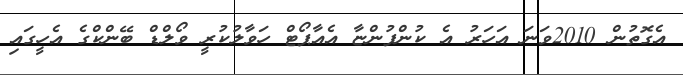
އެގޮތުން 2010ވަނަ އަހަރު އެ ކުންފުންޏާ އެއާޕޯޓް ހަވާލުކުރީ ވޯލްޑް ބޭންކްގެ އެހީގައި